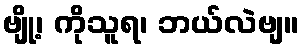
ဗျို့၊ ကိုသူရ၊ ဘယ်လဲဗျ။